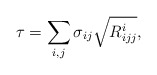
\begin{align*}\tau = \sum_{i,j} \sigma_{ij} \sqrt{R_{ijj}^i},\end{align*}